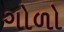
ગોળો